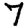
Digit: 7